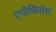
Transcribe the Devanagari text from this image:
एपीफिसेस